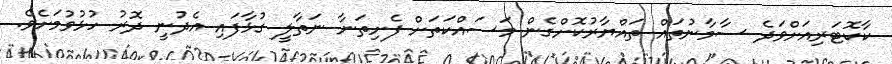
ކާކޮޓަރިއަށްވަދެ ސާމާނުތައް ތައްޔާރުކޮށްގެން މަސައްކަތަށް ފެށިތަނާ ނަތާލީ ގުޅާފައި އެދުނީ ދޮރު ހުޅުވުމަށެވެ.